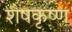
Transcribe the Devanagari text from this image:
शेषकृष्ण